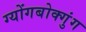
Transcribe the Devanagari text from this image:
ग्योंगबोक्गुंग